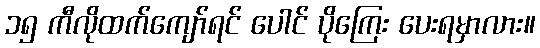
၁၅ ကီလိုထက်ကျော်ရင် ပေါင် ပိုကြေး ပေးရမှာလား။